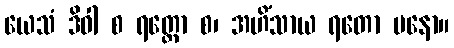
ယေသံ ဒိဝါ စ ရတ္တော စ၊ အဟိံသာယ ရတော မနော။